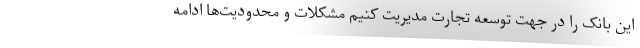
این بانک را در جهت توسعه تجارت مدیریت کنیم مشکلات و محدودیت‌ها ادامه